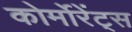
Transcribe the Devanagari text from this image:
कोर्मोरेंट्स